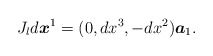
\begin{align*}J_{l}d\boldsymbol{x}^{1}=(0,dx^{3},-dx^{2})\boldsymbol{a}_{1}.\end{align*}